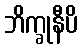
ဘိက္ခုနီပိ